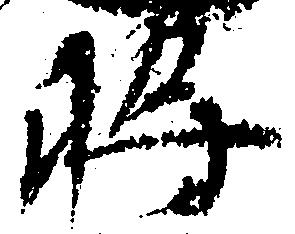
将